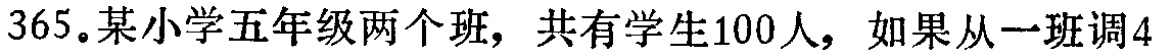
365。某小学五年级两个班，共有学生100人，如果从一班调4